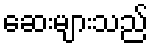
ဆေးများသည်